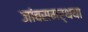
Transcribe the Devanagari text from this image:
जांबसमर्थया